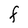
Character: F